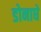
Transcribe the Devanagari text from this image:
डोनाघे